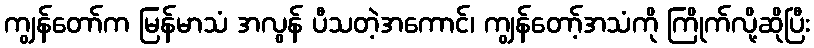
ကျွန်တော်က မြန်မာသံ အလွန် ပီသတဲ့အကောင်၊ ကျွန်တော့်အသံကို ကြိုက်လို့ဆိုပြီး